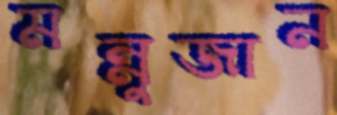
মন্নুজান